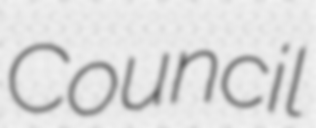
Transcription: Council